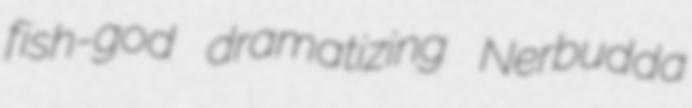
fish-god dramatizing Nerbudda